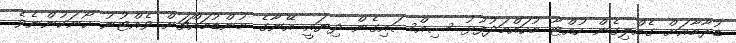
ޑުރާމާއަށް ގެއްލިގެން ހުއްޓާ މުހައްމަދުފުޅު ސިއްސައިގެން ދިޔައީ އޭނާގެ މުންޑުމައްޗަށް ވެއްޓުނު ހޯނަކުންނެވެ.